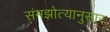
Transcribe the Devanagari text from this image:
संमझोत्यानुसार